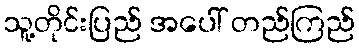
သူ့တိုင်းပြည် အပေါ် တည်ကြည်